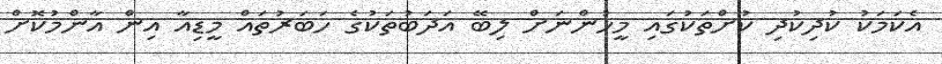
އެކަމަކު ކުދިކުދި ކުށްތަކުގައި މީހުންނަށް ލިބޭ އަދަބުތަކުގެ ހަބަރުތައް މީޑިއާ އިން އާންމުކޮށް